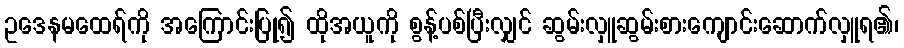
ဥဒေနမထေရ်ကို အကြောင်းပြု၍ ထိုအယူကို စွန့်ပစ်ပြီးလျှင် ဆွမ်းလှူဆွမ်းစားကျောင်းဆောက်လှူရ၏၊